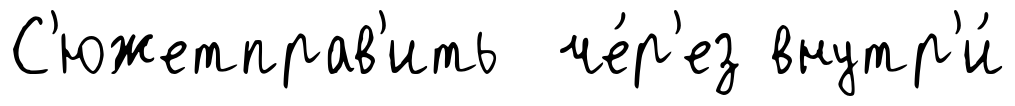
С'южетправ'ить че́р'ез внутр'и́